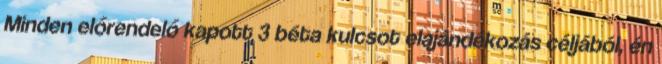
Minden előrendelő kapott 3 béta kulcsot elajándékozás céljából, én